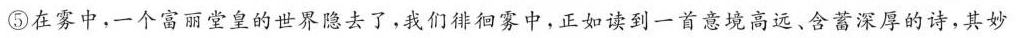
⑤在雾中，一个富丽堂皇的世界隐去了，我们徘徊雾中，正如读到一首意境高远﹑含蓄深厚的诗，其妙